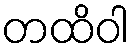
တထိဝါ